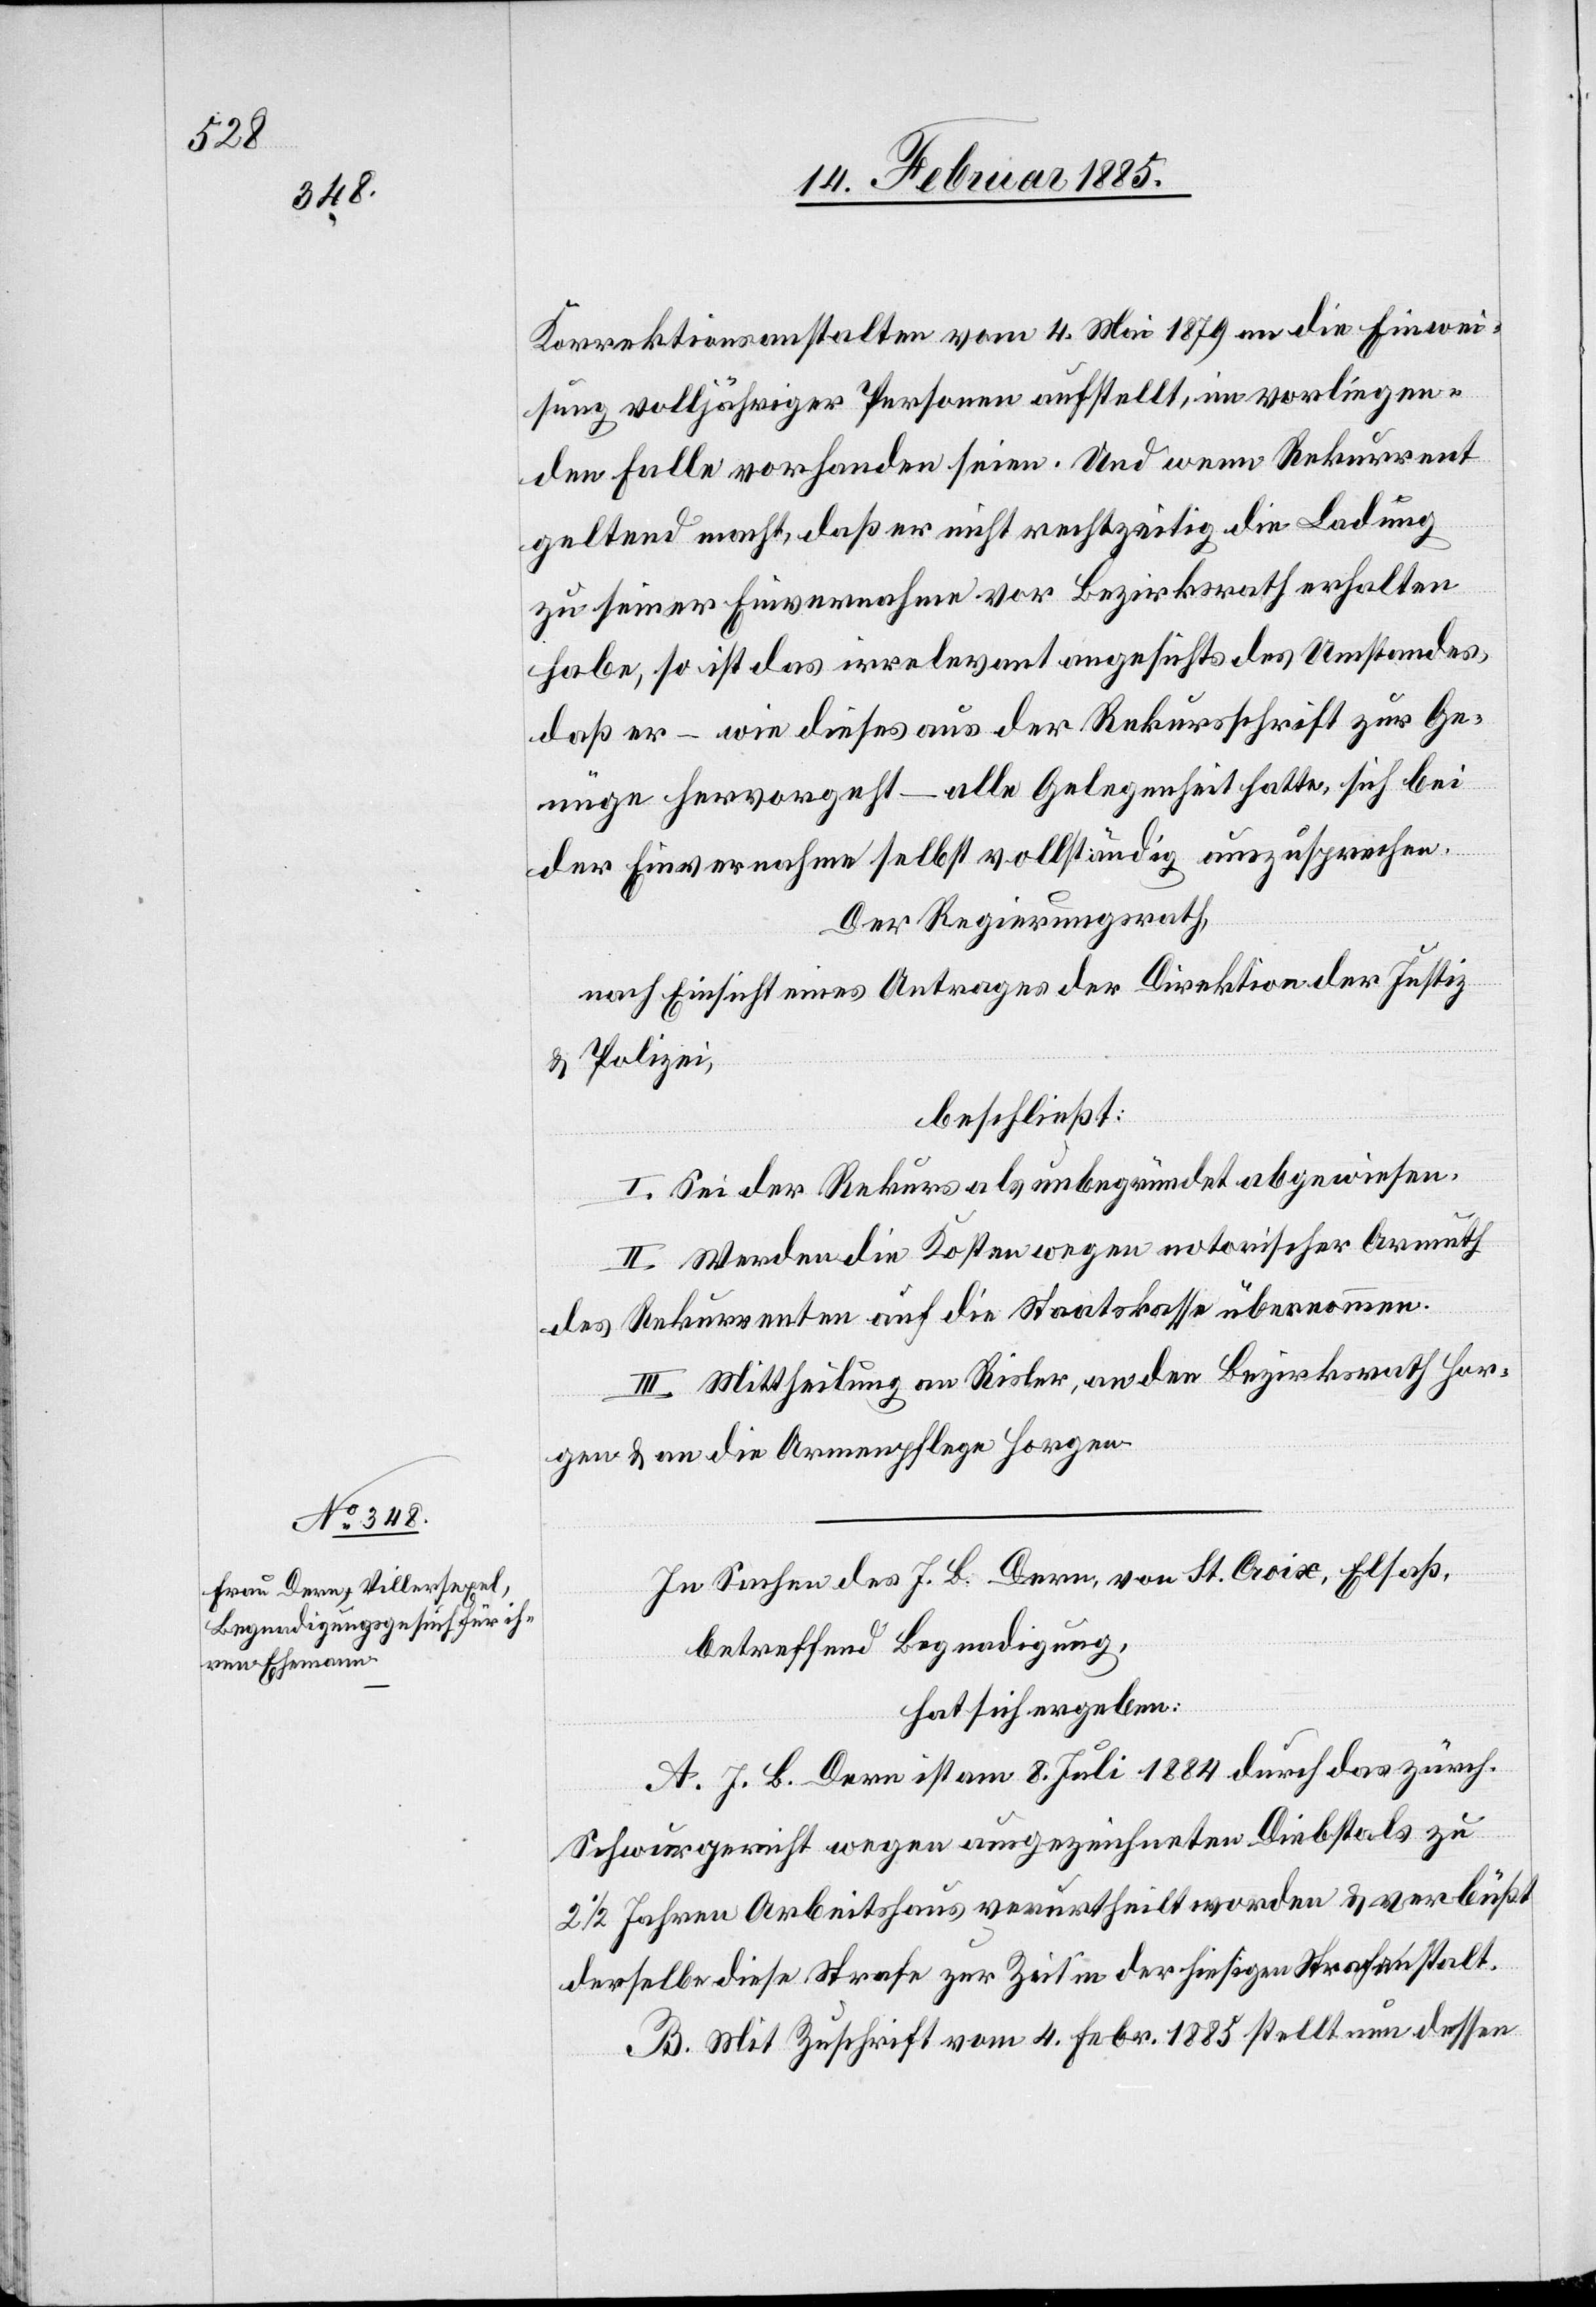
Korrektionsanstalten vom 4. Mai 1879 an die Einwei¬
sung volljähriger Personen aufstellt, im vorliegen¬
den Falle vorhanden seien. Und wenn Rekurrent
geltend macht, daß er nicht rechtzeitig die Ladung
zu seiner Einvernahme vor Bezirksrath erhalten
habe, so ist das irrelevant angesichts des Umstandes,
daß er – wie dieses aus der Rekursschrift zur Ge¬
nüge hervorgeht – alle Gelegenheit hatte, sich bei
der Einvernahme selbst vollständig auszusprechen.
Der Regierungsrath,
nach Einsicht eines Antrages der Direktion der Justiz
& Polizei,
beschließt:
I. Sei der Rekurs als unbegründet abgewiesen
II. Werden die Kosten wegen notorischer Armuth
des Rekurrenten auf die Staatskasse übernommen.
III. Mittheilung an Risler, an den Bezirksrath Hor¬
gen & an die Armenpflege Horgen.
In Sachen des J. B. Dern, von St. Croix, Elsaß,
betreffend Begnadigung,
hat sich ergeben:
A. J. B. Dern ist am 8. Juli 1884 durch das zürch.
Schwurgericht wegen ausgezeichneten Diebstahls zu
2 1/2 Jahren Arbeitshaus verurtheilt worden & verbüßt
derselbe diese Strafe zur Zeit in der hiesigen Strafanstalt.
B. Mit Zuschrift vom 4. Februar 1885 stellt nun dessen